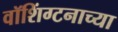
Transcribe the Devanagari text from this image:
वॉशिंग्टनाच्या